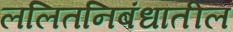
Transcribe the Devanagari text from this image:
ललितनिबंधातील